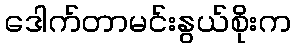
ဒေါက်တာမင်းနွယ်စိုးက